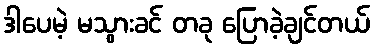
ဒါပေမဲ့ မသွားခင် တခု ပြောခဲ့ချင်တယ်